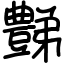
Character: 豑